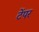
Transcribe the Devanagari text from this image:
टेंपर